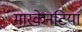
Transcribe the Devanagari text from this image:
मारकेनटिया